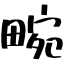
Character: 畹